Indian journal of veterinary science and animal husbandry - Volumes 24-25, 1954-1955
Year: 1954
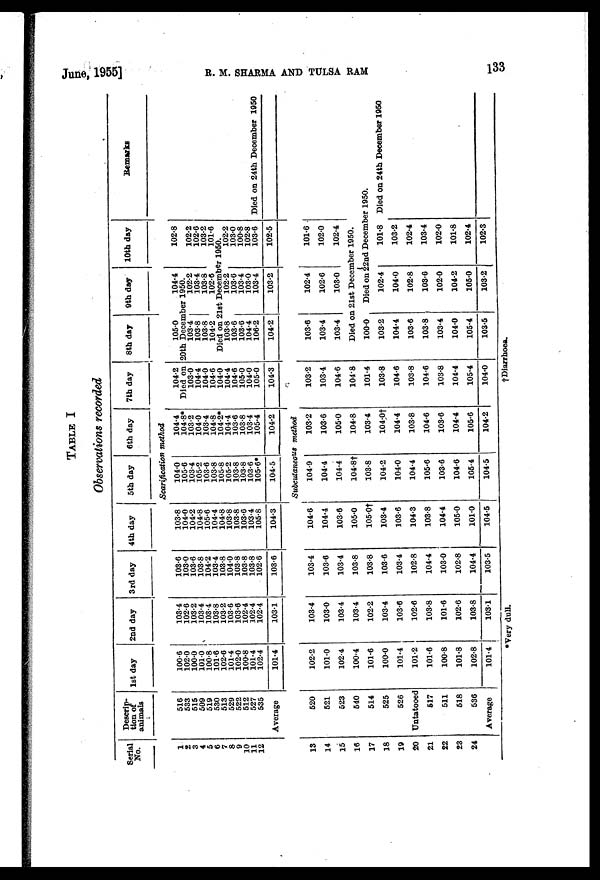
June, 1955]
R.
M. SHARMA AND TULSA RAM 133
TABLE I
Observations recorded
Serial
No.
Descrip-
tion of
animals
1st day
2nd day
3rd day
4th day
5th day
6th day
7th day
8th day
9th day
10th day
Remarks
Scarification method
1
2
3
4
5
6
7
8
9
10
11
12
516
533
515
509
519
530
513
529
522
512
527
535
Average
100.6
102.0
100.0
101.0
100.8
101.6
102.6
101.4
102.0
100.8
101.4
102.4
101.4
103.4
102.6
103.2
103.4
103.4
103.8
103.2
103.6
103.6
102.4
102.4
102.4
103.1
103.6
103.0
103.6
103.8
104.2
103.4
103.8
104.0
103.8
103.8
103.8
102.6
103.6
103.8
104.0
104.2
104.8
105.6
104.4
104.8
103.8
103.8
103.6
103.4
105.8
104.3
104.0
105.6
103.4
105.2
103.6
103.8
105.8
105.2
103.8
103.8
103.6
105.6*
104.5
104.4
104.8*
103.2
104.0
103.4
104.8
104.2*
104.4
103.6
103.8
103.4
105.4
104.2
104.2
Died on
103.0
104.4
104.0
104.6
104.0
104.4
104.6
105.0
104.0
105.0
104.3
105.0
20th Decem
103.4
103.8
103.8
104.2
Died on 2
103.8
103.6
103.6
104.4
106.2
104.2
104.4
her 1950.
102.2
103.4
103.8
102.6
1st December
102.2
103.6
103.4
103.0
103.4
103.2
102.8
102.2
102.6
103.2
101.6
1950.
102.2
103.0
100.8
102.8
103.6
102.5
Died on 24th December 1950
Subcutaneous method
13
14
15
16
17
18
19
20
21
22
23
24
520
521
523
540
514
525
526
Untatooed
517
511
518
536
Average
102.2
101.0
102.4
100.4
101.6
100.0
101.4
101.2
101.6
100.8
101.8
102.8
101.4
103.4
103.0
103.4
103.4
102.2
103.4
103.6
102.6
103.8
101.6
102.6
103.8
103.1
103.4
103.6
103.4
103.8
103.8
103.6
103.4
102.8
104.4
103.0
102.8
104.4
103.5
104.6
104.4
103.6
105.0
105.0†
103.4
103.6
104.3
103.8
104.4
105.0
101.0
104.5
104.9
104.4
104.4
104.8†
103.8
104.2
104.0
104.4
105.6
103.6
104.6
105.4
104.5
103.2
103.6
105.0
104.8
103.4
104.0†
104.4
103.8
104.6
103.6
104.4
105.6
104.2
103.2
103.4
104.6
104.8
101.4
103.8
104.6
103.8
104.6
103.8
104.4
105.4
104.0
103.6
103.4
103.4
102.4
102.6
103.0
101.6
102.0
102.4
Died on 21st December 1950.
100.0
103.2
104.4
103.6
103.8
103.4
104.0
105.4
103.5
Died on 22nd December 1950.
102.4
104.0
102.8
103.6
102.0
104.2
105.0
103.2
101.8
103.2
102.4
103.4
102.0
101.8
102.4
102.3
Died on 24th December 1950
*Very dull.
† Diarrhoea.